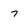
Character: 7